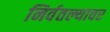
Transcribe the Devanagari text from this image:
निर्वतल्यावर